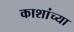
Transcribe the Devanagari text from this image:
काशांच्या